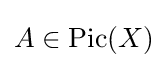
A\in \mathrm {Pic} (X)